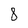
Character: 8